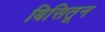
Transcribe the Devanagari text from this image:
बिसितून